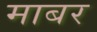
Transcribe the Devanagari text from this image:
माबर